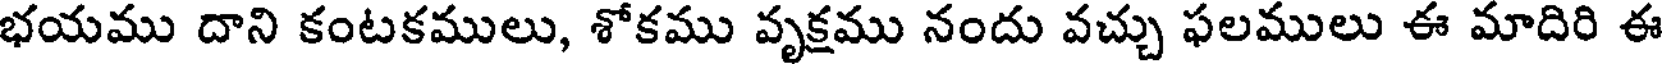
భయము దాని కంటకములు, శోకము వృక్షము నందు వచ్చు ఫలములు ఈ మాదిరి ఈ